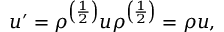
u ^ { \prime } = \rho ^ { \left( { \frac { 1 } { 2 } } \right) } u \rho ^ { \left( { \frac { 1 } { 2 } } \right) } = \rho u ,